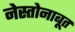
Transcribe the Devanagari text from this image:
नेस्तोनाबूत